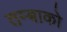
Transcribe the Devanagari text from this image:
तम्बाको